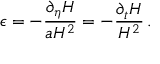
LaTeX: \epsilon = - \frac { \partial _ { \eta } H } { a H ^ { 2 } } = - \frac { \partial _ { t } H } { H ^ { 2 } } \, .